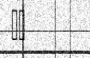
٣١